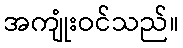
အကျုံးဝင်သည်။